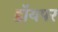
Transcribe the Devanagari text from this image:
डॉयपर